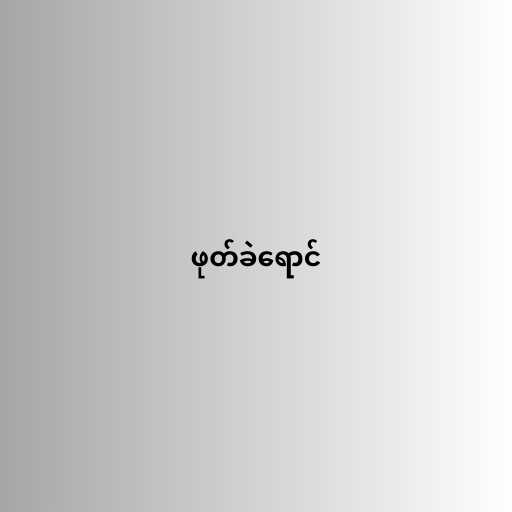
ဖုတ်ခဲရောင်